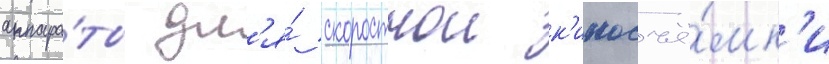
аппара́ты дл'я́ скоростнои к'иносъё́мк'и